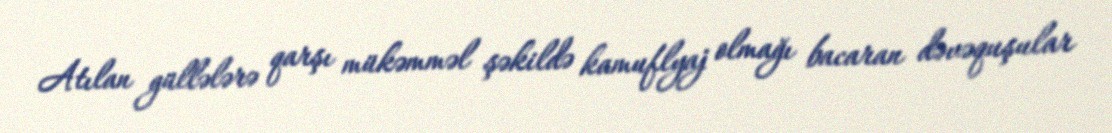
Atılan güllələrə qarşı mükəmməl şəkildə kamuflyaj olmağı bacaran dəvəquşular